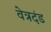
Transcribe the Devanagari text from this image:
वेत्रदंड